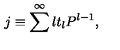
j \equiv \sum ^ { \infty } l t _ { l } P ^ { l - 1 } ,